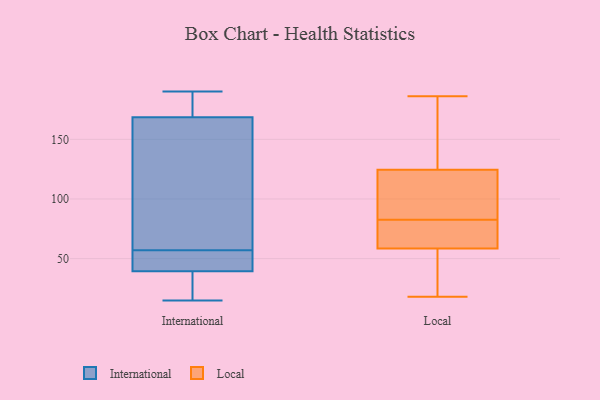
{"axis": {"x": "Headcount", "y": "Value"}, "legend": ["International", "Local"], "data": [{"x": "", "y": 42, "type": "International"}, {"x": "", "y": 173, "type": "International"}, {"x": "", "y": 53, "type": "International"}, {"x": "", "y": 32, "type": "International"}, {"x": "", "y": 190, "type": "International"}, {"x": "", "y": 15, "type": "International"}, {"x": "", "y": 99, "type": "International"}, {"x": "", "y": 183, "type": "International"}, {"x": "", "y": 167, "type": "International"}, {"x": "", "y": 57, "type": "International"}, {"x": "", "y": 23, "type": "International"}, {"x": "", "y": 98, "type": "International"}, {"x": "", "y": 51, "type": "International"}, {"x": "", "y": 82, "type": "International"}, {"x": "", "y": 54, "type": "International"}, {"x": "", "y": 20, "type": "International"}, {"x": "", "y": 178, "type": "International"}, {"x": "", "y": 156, "type": "Local"}, {"x": "", "y": 115, "type": "Local"}, {"x": "", "y": 125, "type": "Local"}, {"x": "", "y": 186, "type": "Local"}, {"x": "", "y": 18, "type": "Local"}, {"x": "", "y": 111, "type": "Local"}, {"x": "", "y": 23, "type": "Local"}, {"x": "", "y": 95, "type": "Local"}, {"x": "", "y": 70, "type": "Local"}, {"x": "", "y": 63, "type": "Local"}, {"x": "", "y": 60, "type": "Local"}, {"x": "", "y": 67, "type": "Local"}, {"x": "", "y": 124, "type": "Local"}, {"x": "", "y": 57, "type": "Local"}, {"x": "", "y": 32, "type": "Local"}, {"x": "", "y": 144, "type": "Local"}]}